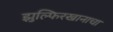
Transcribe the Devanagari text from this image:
झुल्फिरखानाचा